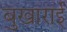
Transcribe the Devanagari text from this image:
बुखाराई